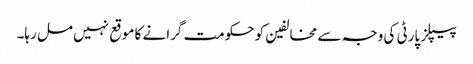
پیپلز پارٹی کی وجہ سے مخالفین کو حکومت گرانے کا موقع نہیں مل رہا۔